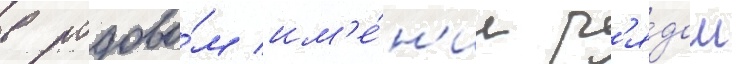
в родово́м им'е́н'ии р'я́дом